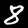
Digit: 8